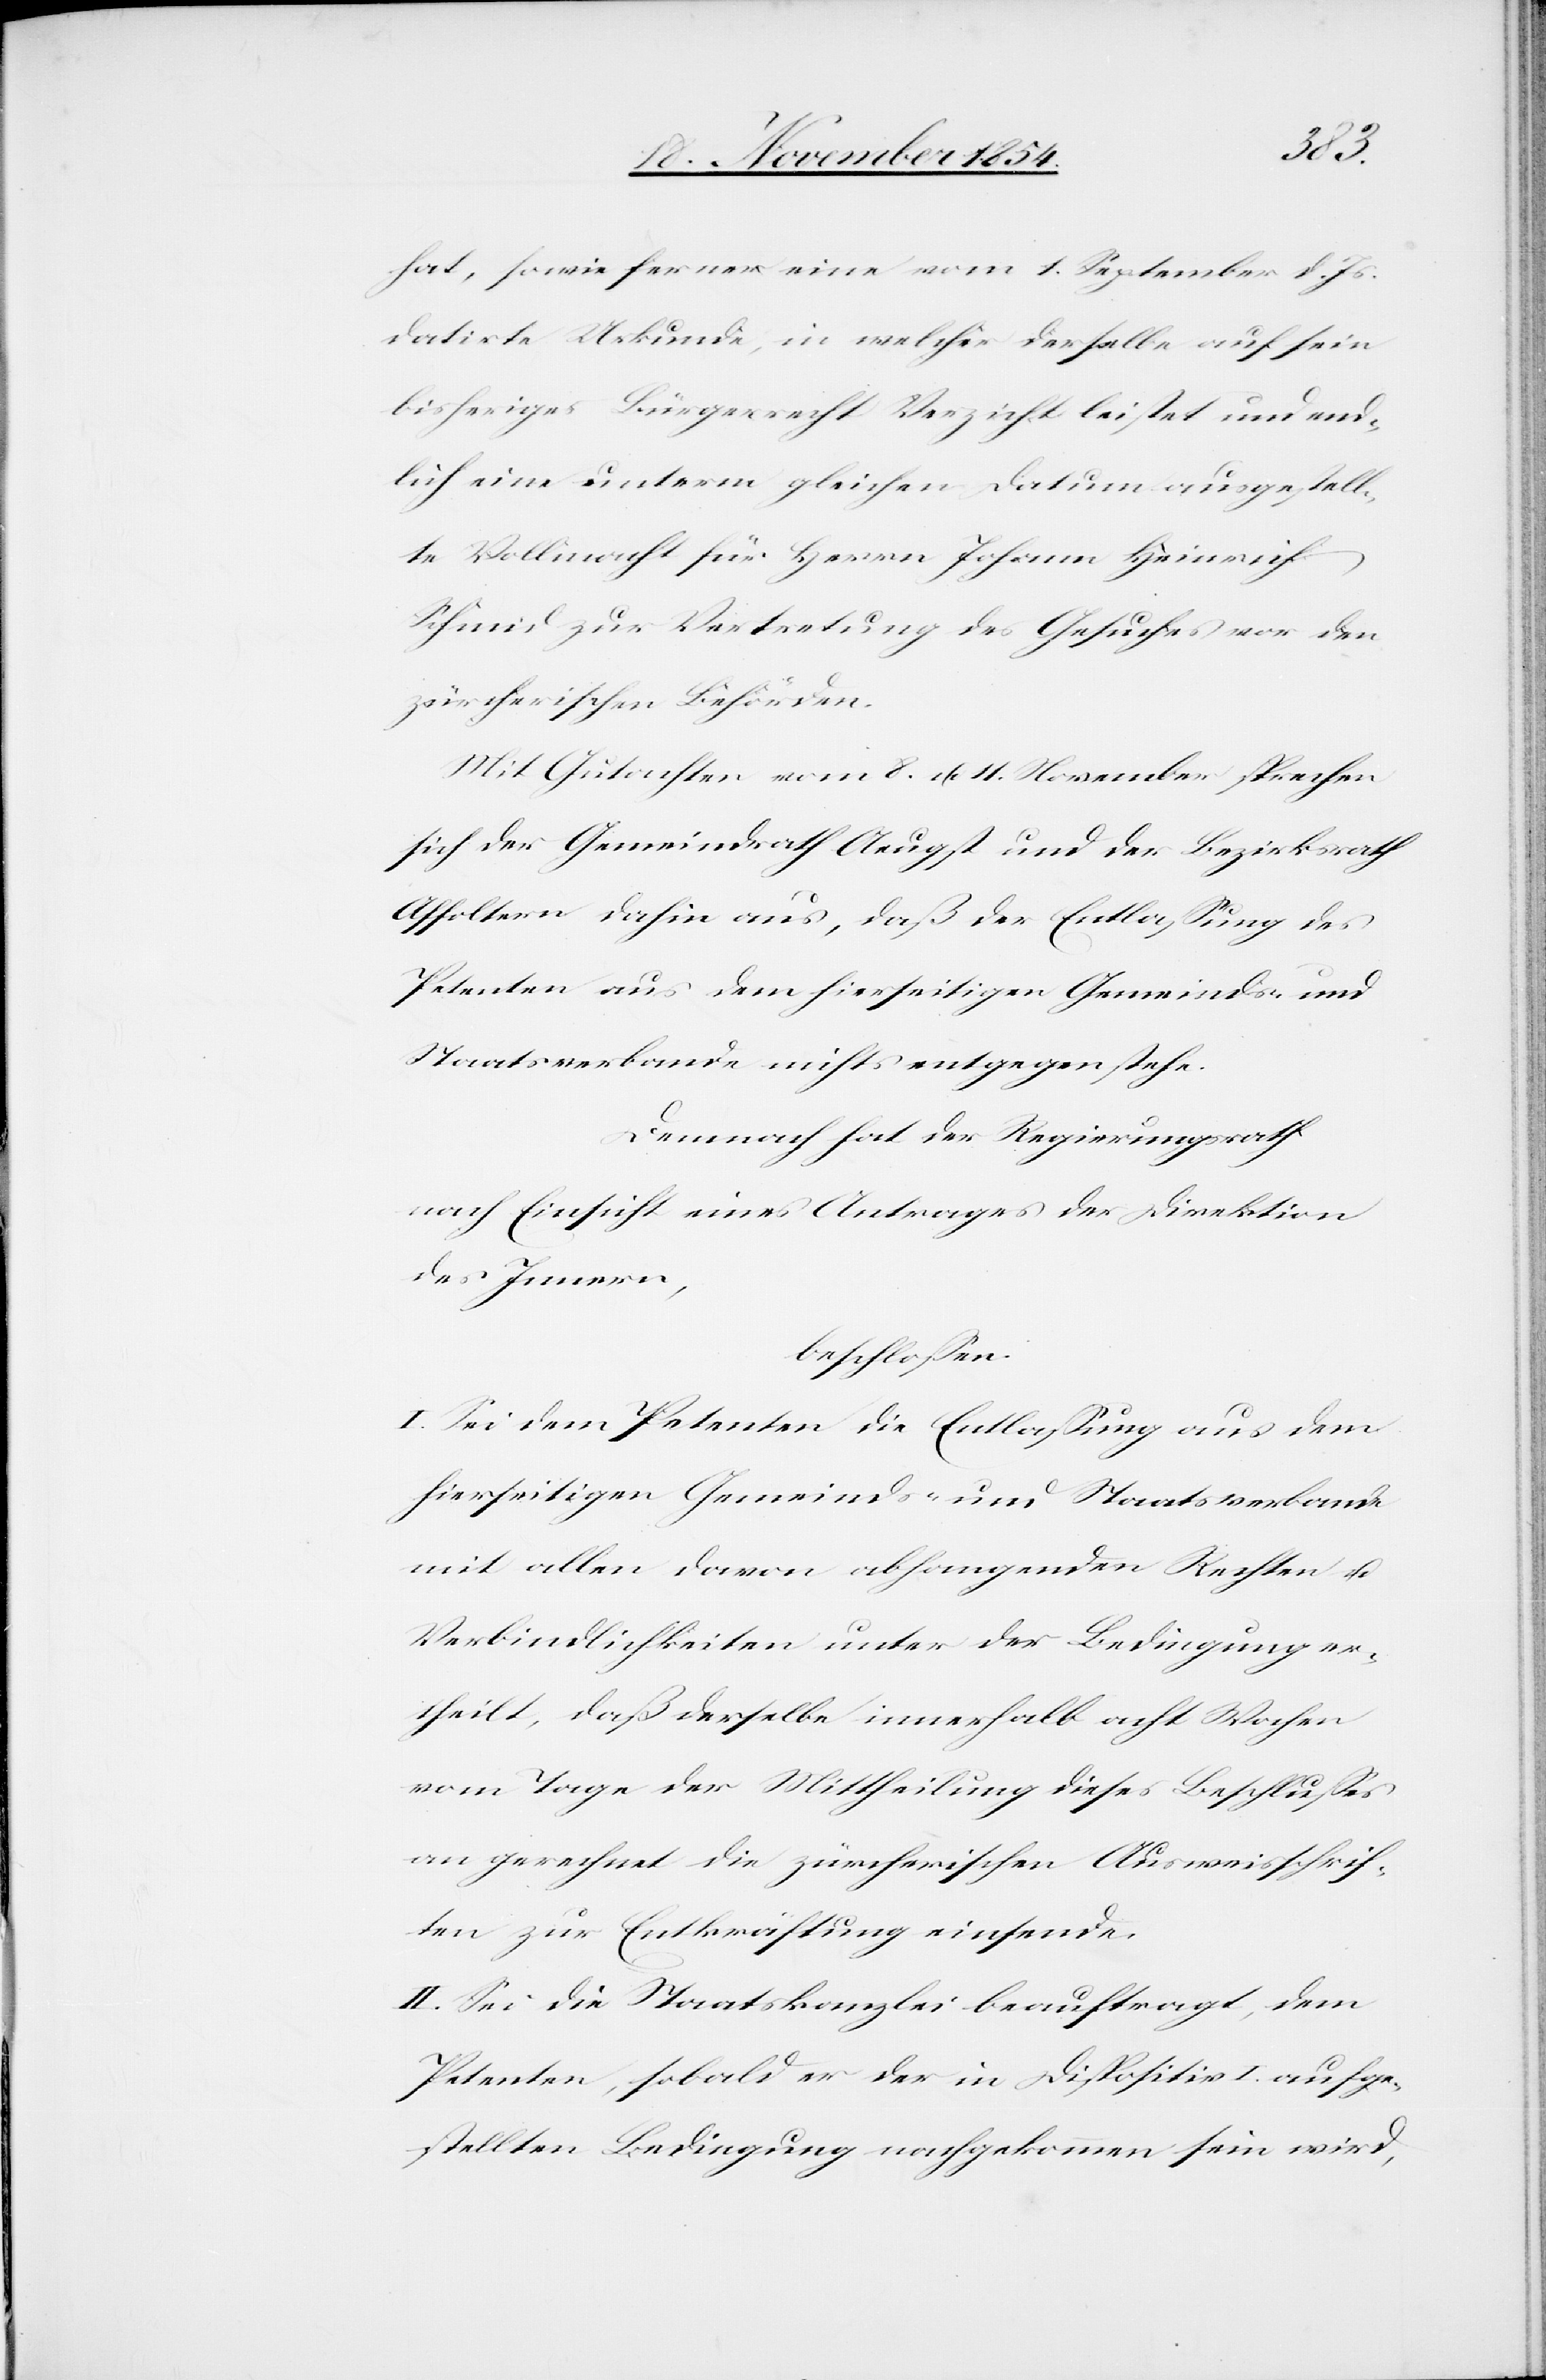
hat, sowie ferner eine vom 1. September d. Js.
datirte Urkunde, in welcher derselbe auf sein
bisheriges Bürgerrecht Verzicht leistet und end¬
lich eine unterm gleichen Datum ausgestell¬
te Vollmacht für Herrn Johann Heinrich
Schmid zur Vertretung des Gesuches vor den
zürcherischen Behörden.
Mit Gutachten vom 8. u. 11. November sprechen
sich der Gemeindrath Aeugst und der Bezirksrath
Affoltern dahin aus, daß der Entlaßung des
Petenten aus dem hierseitigen Gemeinds- und
Staatsverbande nichts entgegenstehe.
Demnach hat der Regierungsrath
nach Einsicht eines Antrages der Direktion
des Innern,
beschloßen:
I. Sei dem Petenten die Entlaßung aus dem
hierseitigen Gemeinds- und Staatsverbande
mit allen davon abhangenden Rechten u.
Verbindlichkeiten unter der Bedingung er¬
theilt, daß derselbe innerhalb acht Wochen
vom Tage der Mittheilung dieses Beschlußes
an gerechnet die zürcherischen Ausweisschrif¬
ten zur Entkräftung einsende.
II. Sei die Staatskanzlei beauftragt, dem
Petenten, sobald er der in Dispositiv I. aufge¬
stellten Bedingung nachgekommen sein wird,